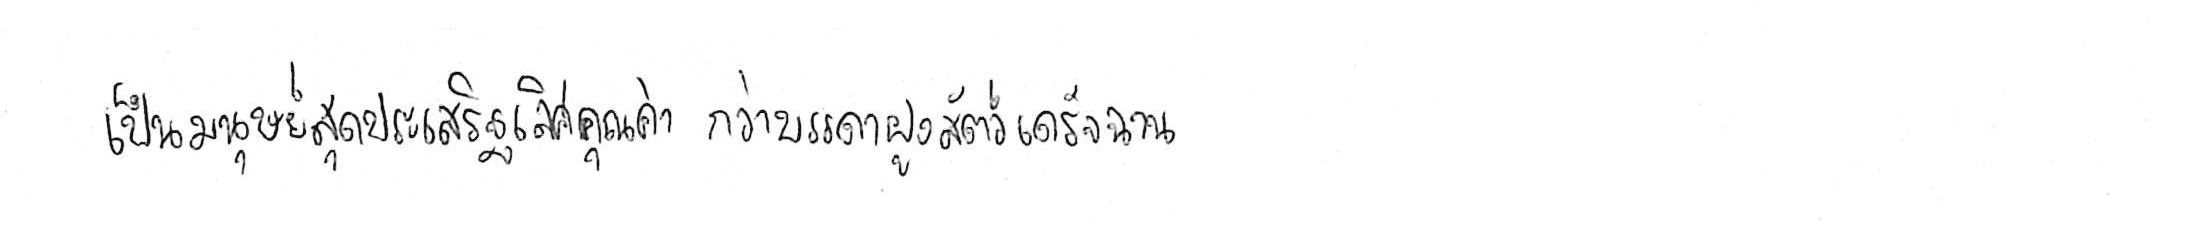
เป็นมนุษย์สุดประเสริฐเลิศคุณค่า กว่าบรรดาฝูงสัตว์เดรัจฉาน